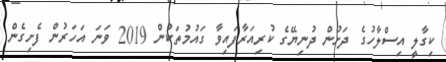
ކިގާލީ އިސްލާހުގެ ދަށުން ދުނިޔޭގެ ކުރިއަރާފައިވާ ގައުމުތަކުން 2019 ވަނަ އަހަރުން ފެށިގެން